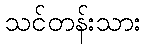
သင်တန်းသား